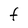
Character: F